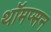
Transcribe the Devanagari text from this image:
थॉमप्सन